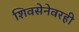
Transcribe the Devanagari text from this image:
शिवसेनेवरही